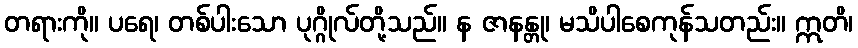
တရားကို။ ပရေ၊ တစ်ပါးသော ပုဂ္ဂိုလ်တို့သည်။ န ဇာနန္တု၊ မသိပါစေကုန်သတည်း။ ဣတိ၊